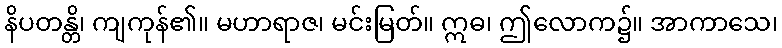
နိပတန္တိ၊ ကျကုန်၏။ မဟာရာဇ၊ မင်းမြတ်။ ဣဓ၊ ဤလောက၌။ အာကာသေ၊